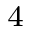
^ { 4 }